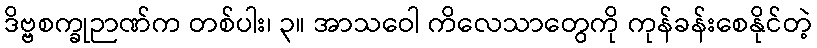
ဒိဗ္ဗစက္ခုဉာဏ်က တစ်ပါး၊ ၃။ အာသဝေါ ကိလေသာတွေကို ကုန်ခန်းစေနိုင်တဲ့